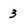
Character: 3